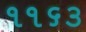
૧૧૬૩